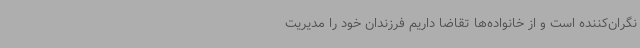
نگران‌کننده است و از خانواده‌ها تقاضا داریم فرزندان خود را مدیریت